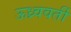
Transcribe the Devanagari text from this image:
ऊध्र्ववर्ती